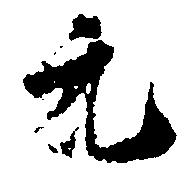
元